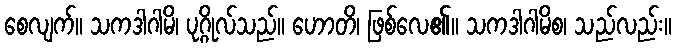
စေလျက်။ သကဒါဂါမိ၊ ပုဂ္ဂိုလ်သည်။ ဟောတိ၊ ဖြစ်လေ၏။ သကဒါဂါမိစ၊ သည်လည်း။